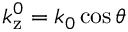
k _ { \mathrm { z } } ^ { 0 } = k _ { 0 } \cos \theta